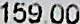
159.00